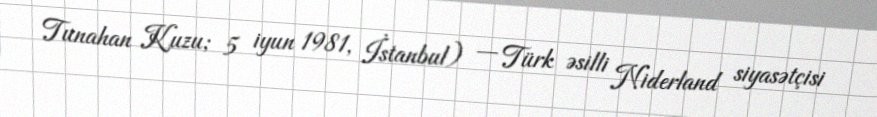
Tunahan Kuzu; 5 iyun 1981, İstanbul) — Türk əsilli Niderland siyasətçisi